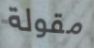
مقولة